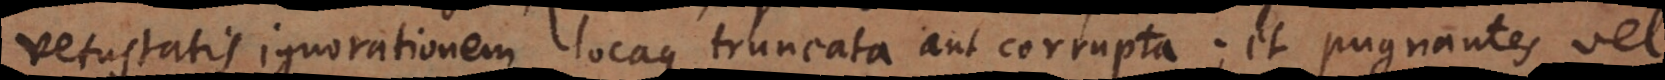
vetustatis ignorationem locaque truncata aut corrupta; et pugnantes vel